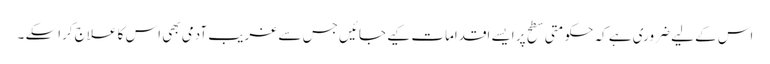
اس کے لیے ضروری ہے کہ حکومتی سطح پر ایسے اقدامات کیے جائیں جس سے غریب آدمی بھی اس کا علاج کراسکے ۔